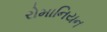
રોમાનિયન